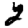
Digit: 2